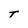
Character: t